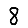
Digit: 8